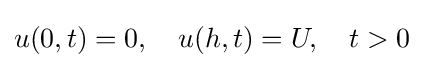
u(0,t)=0,\quad u(h,t)=U,\quad t>0